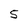
Character: 5